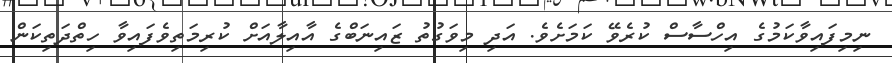
ނިމިފައިވާކަމުގެ އިހްސާސް ކުރެވޭ ކަމަށެވެ. އަދި މިވަގުތު ޒައިނަބްގެ އާއިލާއަށް ކުރިމަތިވެފައިވާ ހިތްދަތިކަން